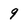
Character: 9